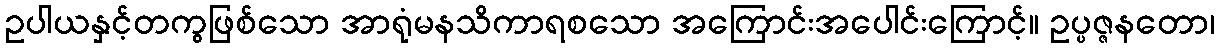
ဥပါယနှင့်တကွဖြစ်သော အာရုံမနသိကာရစသော အကြောင်းအပေါင်းကြောင့်။ ဥပ္ပဇ္ဇနတော၊